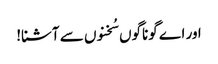
اور اے گوناگوں سُخنوں سے آشنا!